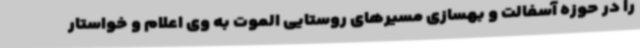
را در حوزه آسفالت و بهسازی مسیرهای روستایی الموت به وی اعلام و خواستار